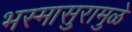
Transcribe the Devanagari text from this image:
भस्मासुरामुळे